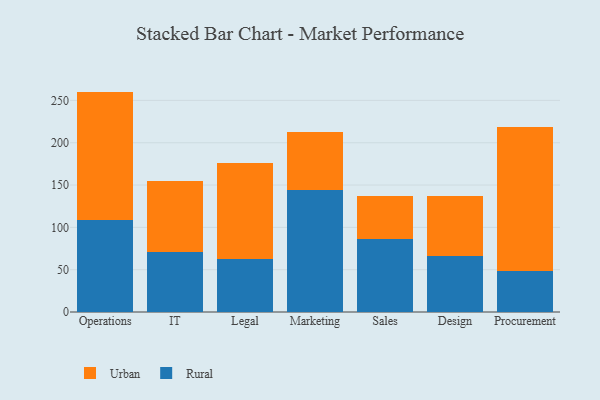
{"axis": {"x": "Department", "y": "Demand Index"}, "legend": ["Rural", "Urban"], "data": [{"x": "Operations", "y": 109.2, "type": "Rural"}, {"x": "Operations", "y": 151.2, "type": "Urban"}, {"x": "IT", "y": 71.4, "type": "Rural"}, {"x": "IT", "y": 83.8, "type": "Urban"}, {"x": "Legal", "y": 62.4, "type": "Rural"}, {"x": "Legal", "y": 113.2, "type": "Urban"}, {"x": "Marketing", "y": 144.2, "type": "Rural"}, {"x": "Marketing", "y": 68.6, "type": "Urban"}, {"x": "Sales", "y": 86.5, "type": "Rural"}, {"x": "Sales", "y": 51.1, "type": "Urban"}, {"x": "Design", "y": 66.3, "type": "Rural"}, {"x": "Design", "y": 70.6, "type": "Urban"}, {"x": "Procurement", "y": 48.5, "type": "Rural"}, {"x": "Procurement", "y": 169.7, "type": "Urban"}]}